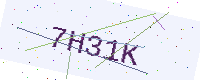
Text: 7H31K